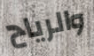
والرياح